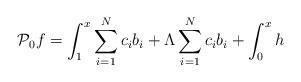
LaTeX: \begin{align*} \mathcal{P}_0 f= \int_1^x \sum_{i=1}^N c_i {b}_i+\Lambda\sum_{i=1}^N c_i {b}_i+\int_0^x h \end{align*}